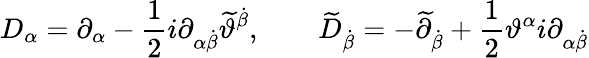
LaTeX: D_{\alpha}=\partial_{\alpha}-\frac{1}{2}i\partial_{\alpha\dot{\beta}}\widetilde{\vartheta}^{\dot{\beta}},\qquad\widetilde{D}_{\dot{\beta}}=-\widetilde{\partial}_{\dot{\beta}}+\frac{1}{2}\vartheta^{\alpha}i\partial_{\alpha\dot{\beta}}